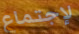
لإجتماع